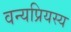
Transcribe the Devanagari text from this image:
वन्यप्रियस्य